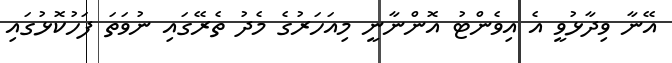
އޭނާ ވިދާޅުވީ އެ އިވެންޓު އޮންނާނީ މިއަހަރުގެ މެދު ތެރޭގައި ނުވަތަ ފަހުކޮޅުގައި